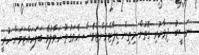
ނަސީބު ދިމާކުރި ގޮތުން މިތިން ޑިޕާޓްމެންޓްވެސް އެވަގުތު ހަވާލުވެ ބަލަހައްޓަވަން ހުރީ